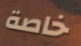
خاصة